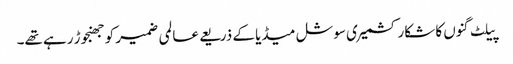
پیلٹ گنوں کا شکار کشمیری سوشل میڈیا کے ذریعے عالمی ضمیر کو جھنجوڑ رہے تھے۔